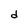
Character: d